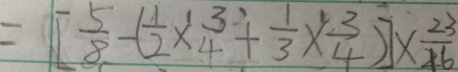
= [ \frac { 5 } { 8 } - ( \frac { 1 } { 2 } \times \frac { 3 } { 4 } + \frac { 1 } { 3 } \times \frac { 3 } { 4 } ) ] \times \frac { 2 3 } { 1 6 }